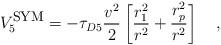
LaTeX: \begin{align*}V_5^{\mbox{\footnotesize{SYM}}} = -\tau_{D5} {\frac{v^2}{2}} \left[{\frac{r_1^2}{r^2}} + {\frac{r_p^2}{r^2}} \right] \quad ,\end{align*}